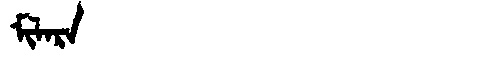
Manchu: ᠮᡳᠯᠠᡵᠠ
Romanization: MILARA